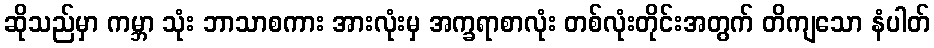
ဆိုသည်မှာ ကမ္ဘာ သုံး ဘာသာစကား အားလုံးမှ အက္ခရာစာလုံး တစ်လုံးတိုင်းအတွက် တိကျသော နံပါတ်